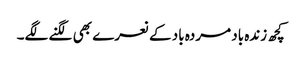
کچھ زندہ باد مردہ باد کے نعرے بھی لگنے لگے۔